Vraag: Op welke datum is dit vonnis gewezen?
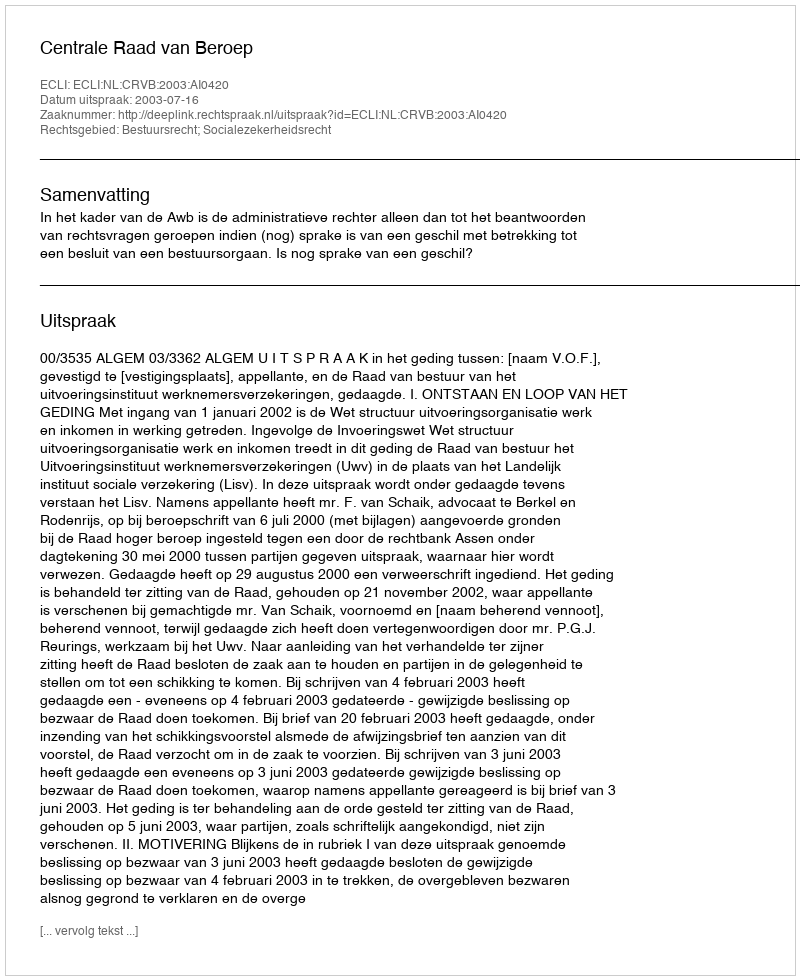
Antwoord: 2003-07-16